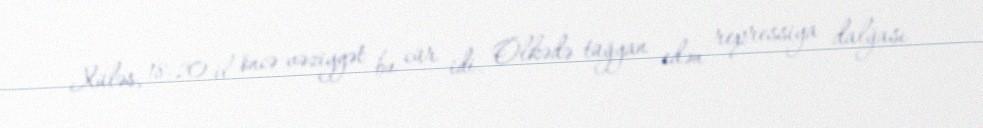
Xüləs, 18-20 il öncə vəziyyət bu cür idi. Ölkədə tüğyan edən repressiya dalğası